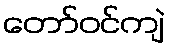
တော်ဝင်ကျဲ